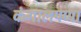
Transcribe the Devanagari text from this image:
कंगालपणा